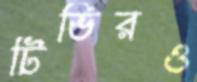
টিভিরও